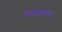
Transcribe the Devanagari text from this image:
ध्वजास्तम्भ